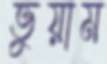
ভুয়াম